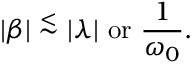
| \beta | \stackrel { < } { \sim } | \lambda | \ \mathrm { o r } \ { \frac { 1 } { \omega _ { 0 } } } .